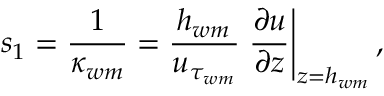
s _ { 1 } = \frac { 1 } { \kappa _ { w m } } = \frac { h _ { w m } } { u _ { \tau _ { w m } } } \left. \frac { \partial u } { \partial z } \right| _ { z = h _ { w m } } ,